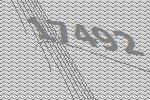
17492